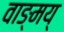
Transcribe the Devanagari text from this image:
वाङ्मय्